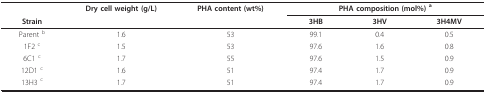
<table><thead><tr><td></td><td><b>Dry cell weight (g/L)</b></td><td><b>PHA content (wt%)</b></td><td colspan="3"><b>PHA composition (mol%) <sup>a</sup></b></td></tr><tr><td><b>Strain</b></td><td></td><td></td><td><b>3HB</b></td><td><b>3HV</b></td><td><b>3H4MV</b></td></tr></thead><tbody><tr><td>Parent <sup>b</sup></td><td>1.6</td><td>53</td><td>99.1</td><td>0.4</td><td>0.5</td></tr><tr><td>1F2 <sup>c</sup></td><td>1.5</td><td>53</td><td>97.6</td><td>1.6</td><td>0.8</td></tr><tr><td>6C1 <sup>c</sup></td><td>1.7</td><td>55</td><td>97.6</td><td>1.5</td><td>0.9</td></tr><tr><td>12D1 <sup>c</sup></td><td>1.6</td><td>51</td><td>97.4</td><td>1.7</td><td>0.9</td></tr><tr><td>13H3 <sup>c</sup></td><td>1.7</td><td>51</td><td>97.4</td><td>1.7</td><td>0.9</td></tr></tbody></table>